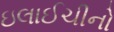
ઇલાઈચીનો